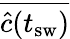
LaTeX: \overline{{\widehat{c}(t_{\mathrm{sw}})}}